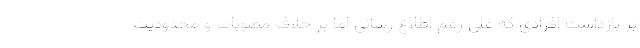
بر بازداشت افرادی که علی رغم اطلاع رسانی اما بر خلاف مصوبات و محدودیت